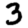
Digit: 3